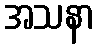
အသနာ